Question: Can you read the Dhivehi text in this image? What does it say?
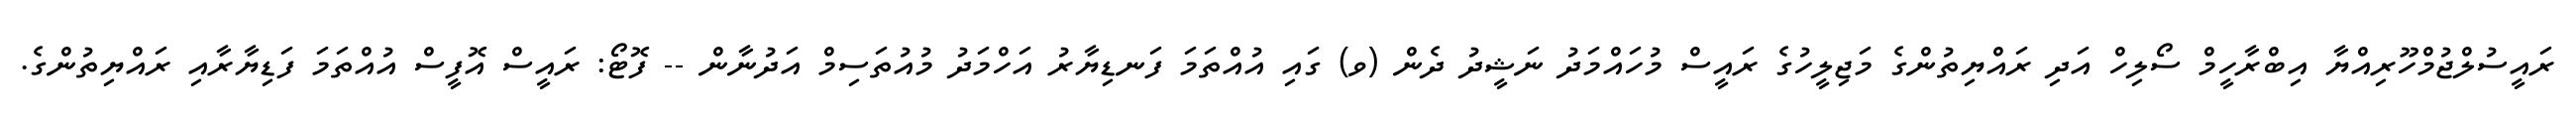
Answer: ރައީސުލްޖުމްހޫރިއްޔާ އިބްރާހީމް ސޯލިހް އަދި ރައްޔިތުންގެ މަޖިލީހުގެ ރައީސް މުހައްމަދު ނަޝީދު ދެން (ވ) ގައި އުއްތަމަ ފަނޑިޔާރު އަހްމަދު މުއުތަސިމް އަދުނާން -- ފޮޓޯ: ރައީސް އޮފީސް އުއްތަމަ ފަޑިޔާރާއި ރައްޔިތުންގެ.